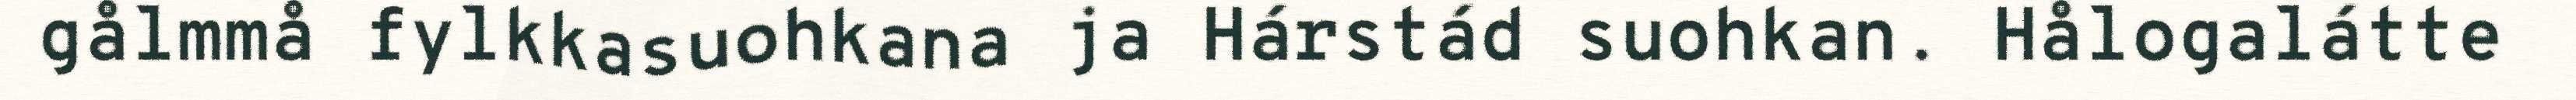
gålmmå fylkkasuohkana ja Hárstád suohkan. Hålogalátte